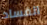
الفساد